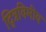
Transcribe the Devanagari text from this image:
द्त्रिविमीय